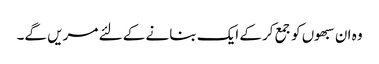
وہ ان سبھوں کو جمع کرکے ایک بنانے کے لئے مریں گے۔